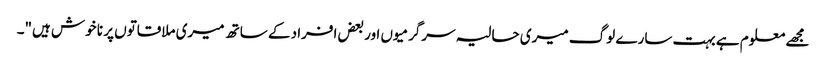
مجھے معلوم ہے بہت سارے لوگ میری حالیہ سرگرمیوں اور بعض افراد کے ساتھ میری ملاقاتوں پر نا خوش ہیں"۔